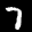
Label: 7